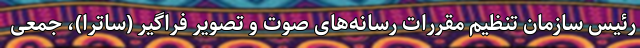
رئیس سازمان تنظیم مقررات رسانه‌های صوت و تصویر فراگیر (ساترا)، جمعی